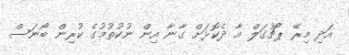
އަދި މިރޭ ޕޯޗުގަލް އާ ދެކޮޅަށް ގާނާ އިން ނުކުތުމުގެ ކުރިން ބޯނަސް